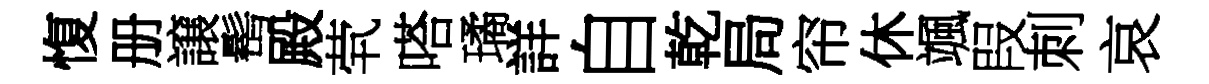
愎册譲髩殿茕嗒璚詳自乾局帘休颯叚刺哀